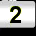
Digit: 2